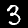
Label: 3